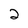
Character: 2